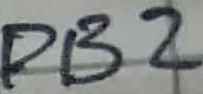
Text: PB2